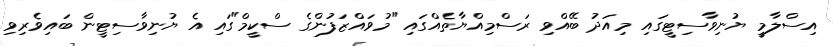
އިސްލާމީ ޔުނިވާސިޓީގައި މިއަދު ބޭއްވި ރަސްމިއްޔާތެއްގައި "މުވައްޒަފުންގެ ސްކީމް"ގައި އެ ޔުނިވާސިޓީން ބައިވެރިވި